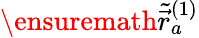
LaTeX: \ensuremath{\widetilde{\vec{r}}}_{a}^{(1)}